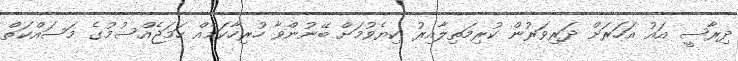
ދިރާސީ އައު އަހަރަށް ދަރިވަރުން ކުރިމަތިލާއިރު ކިޔެވުމަށް ބޭނުންވާ ހުރިހާކަމެއް ހަމަޖެއްސުމުގެ މަސައްކަތް